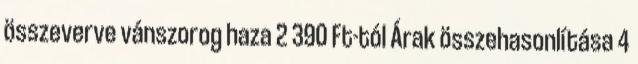
összeverve vánszorog haza 2 390 Ft-tól Árak összehasonlítása 4